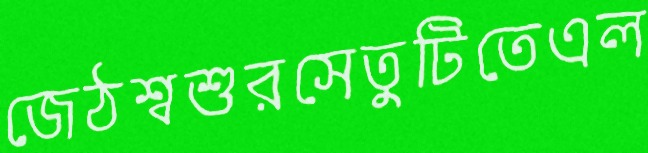
জেঠশ্বশুরসেতুটিতেএল